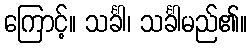
ကြောင့်။ သင်္ခါ၊ သင်္ခါမည်၏။